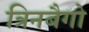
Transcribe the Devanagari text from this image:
त्रिनबैगो